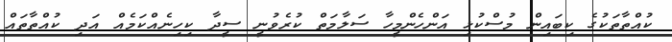
ކުއްތާތަކުގެ ކިބައިން މުސްކުޅި އަންހެންމީހާ ސަލާމަތް ކުރެވުނީ ސީދާ ކިހިނެއްކަމެއް އަދި ކުއްތާތައް